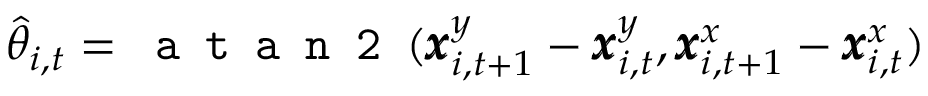
\hat { \theta } _ { i , t } = \texttt { a t a n 2 } ( \pmb { x } _ { i , t + 1 } ^ { y } - \pmb { x } _ { i , t } ^ { y } , \pmb { x } _ { i , t + 1 } ^ { x } - \pmb { x } _ { i , t } ^ { x } )